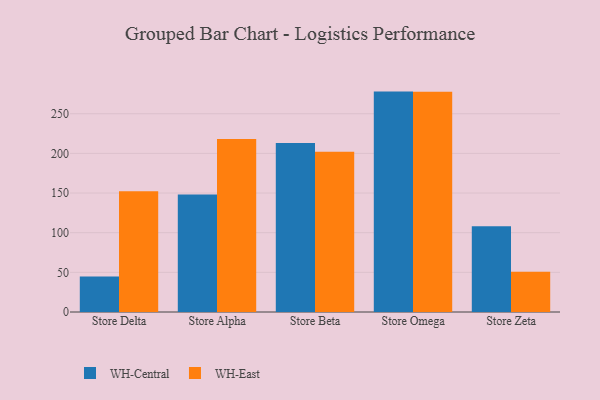
{"axis": {"x": "Store", "y": "Demand Index"}, "legend": ["WH-Central", "WH-East"], "data": [{"x": "Store Delta", "y": 44.8, "type": "WH-Central"}, {"x": "Store Delta", "y": 152.1, "type": "WH-East"}, {"x": "Store Alpha", "y": 148.2, "type": "WH-Central"}, {"x": "Store Alpha", "y": 218.1, "type": "WH-East"}, {"x": "Store Beta", "y": 213.2, "type": "WH-Central"}, {"x": "Store Beta", "y": 202.2, "type": "WH-East"}, {"x": "Store Omega", "y": 277.9, "type": "WH-Central"}, {"x": "Store Omega", "y": 277.6, "type": "WH-East"}, {"x": "Store Zeta", "y": 108.1, "type": "WH-Central"}, {"x": "Store Zeta", "y": 50.6, "type": "WH-East"}]}